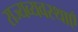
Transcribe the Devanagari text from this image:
राज्यव्यवस्थाएँ